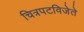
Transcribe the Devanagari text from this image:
चित्रपटविजेते